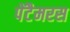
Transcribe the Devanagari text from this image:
पेंटैमरस